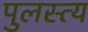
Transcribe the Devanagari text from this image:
पुलस्‍त्‍य